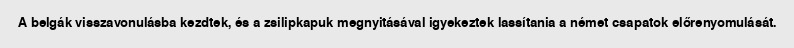
A belgák visszavonulásba kezdtek, és a zsilipkapuk megnyitásával igyekeztek lassítania a német csapatok előrenyomulását.